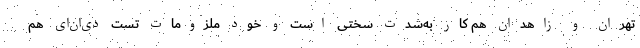
تهران و زاهدان هم کار به‌شدت سختی است و خود ملزومات تست دی‌ان‌ای هم